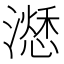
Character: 𣿜